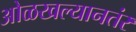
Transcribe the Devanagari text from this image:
ओळखल्यानतंर